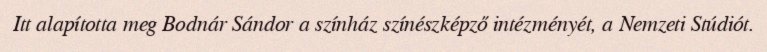
Itt alapította meg Bodnár Sándor a színház színészképző intézményét, a Nemzeti Stúdiót.